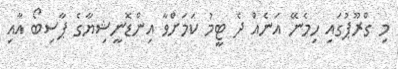
މި ގްރޫޕުގައި ހިމެނޭ އަނެއް ދެ ޓީމު ކަމަށްވާ އިންޑޮނީޝިޔާގެ ޕާސިބޯ އާއި